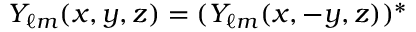
Y _ { \ell m } ( x , y , z ) = ( Y _ { \ell m } ( x , - y , z ) ) ^ { \ast }